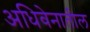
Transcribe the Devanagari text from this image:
अधिवेनातील